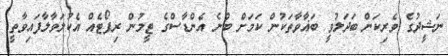
ނަޝީދުގެ ވެރިކަން ބަދަލުވީ ބަޣާވާތަކުން ކަމަށް ބުނެ އެންޑާސްގެ ޓީމުން ރިޕޯޓެއް އެކުލަވާލާފައިވާތީ